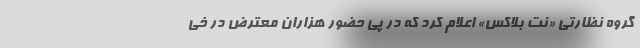
گروه نظارتی «نت بلاکس» اعلام کرد که در پی حضور هزاران معترض در خی